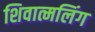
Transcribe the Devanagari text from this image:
शिवात्मलिंग